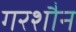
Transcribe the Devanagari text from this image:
गरशौन